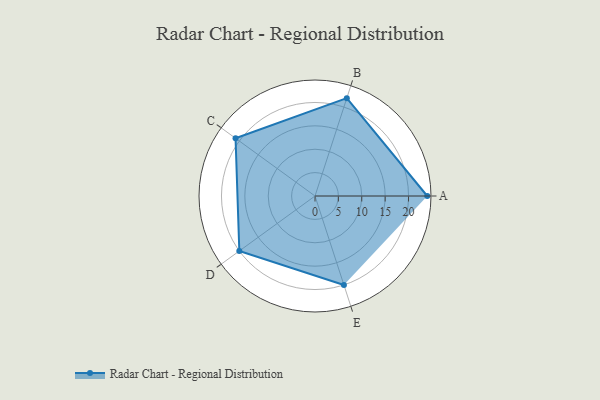
{"axis": {"x": "Skill", "y": "Score"}, "legend": ["Profile"], "data": [{"x": "A", "y": 24.0, "type": "Profile"}, {"x": "B", "y": 22.0, "type": "Profile"}, {"x": "C", "y": 21.0, "type": "Profile"}, {"x": "D", "y": 20, "type": "Profile"}, {"x": "E", "y": 20, "type": "Profile"}]}